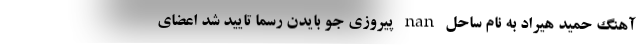
آهنگ حمید هیراد به نام ساحل nan پیروزی جو بایدن رسماً تایید شد اعضای